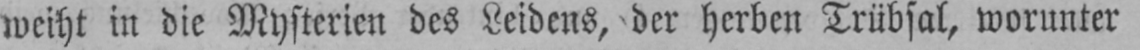
weiht in die Mysterien des Leidens, der herben Trübsal, worunter